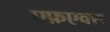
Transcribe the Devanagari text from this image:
एफ़एक्स